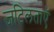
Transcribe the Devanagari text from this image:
जटिलताएॅ